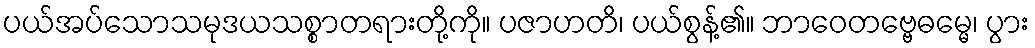
ပယ်အပ်သောသမုဒယသစ္စာတရားတို့ကို။ ပဇာဟတိ၊ ပယ်စွန့်၏။ ဘာဝေတဗ္ဗေဓမ္မေ၊ ပွား